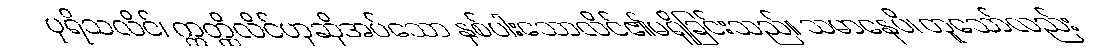
ပုရိသလိင်၊ ဣတ္ထိလိင်ဟုဆိုအပ်သော နှစ်ပါးသောလိင်၏မရှိခြင်းသည်။ သမာနေပိ၊ တူသော်လည်း